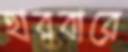
হারবারে